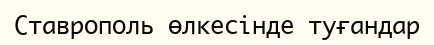
Ставрополь өлкесінде туғандар